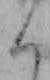
く